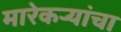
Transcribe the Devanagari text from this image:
मारेकऱ्यांचा